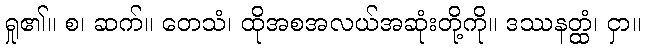
ရှု၏။ စ၊ ဆက်။ တေသံ၊ ထိုအစအလယ်အဆုံးတို့ကို။ ဒဿနတ္ထံ၊ ငှာ။